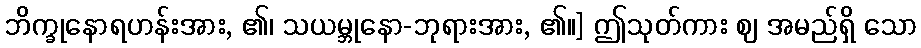
ဘိက္ခုနောရဟန်းအား, ၏၊ သယမ္ဘုနော-ဘုရားအား, ၏။] ဤသုတ်ကား ဈ အမည်ရှိ သော